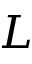
L